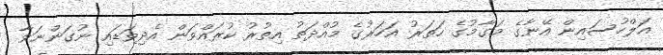
އަލްހުސައިން އޭނާގެ މަގާމުގެ ހަތަރު އަހަރުގެ މުއްދަތު އިތުރު ކުރައްވަން އެދިވަޑައި ނުގަންނަވާ